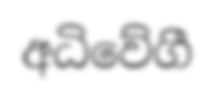
අධිවේගී